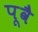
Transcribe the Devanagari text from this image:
पूवै